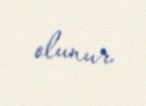
olunur.